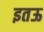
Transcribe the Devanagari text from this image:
इतऊ